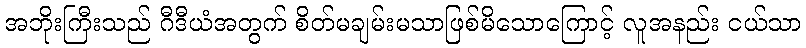
အဘိုးကြီးသည် ဂီဒီယံအတွက် စိတ်မချမ်းမသာဖြစ်မိသောကြောင့် လူအနည်း ငယ်သာ